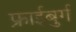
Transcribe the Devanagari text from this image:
फ्राईबुर्ग